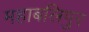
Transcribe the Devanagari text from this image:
महाबलिपुर